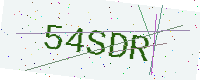
Text: 54SDR